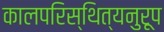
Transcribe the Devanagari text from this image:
कालपरिस्थित्यनुरूप